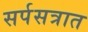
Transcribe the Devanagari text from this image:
सर्पसत्रात